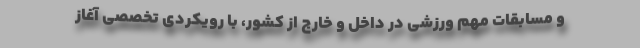
و مسابقات مهم ورزشی در داخل و خارج از کشور، با رویکردی تخصصی آغاز